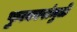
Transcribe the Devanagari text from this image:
फुत्कारांमुळे